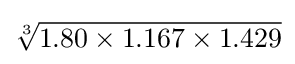
{\sqrt[{3}]{1.80\times 1.167\times 1.429}}